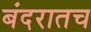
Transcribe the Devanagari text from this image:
बंदरातच